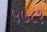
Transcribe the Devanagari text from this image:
५७८१